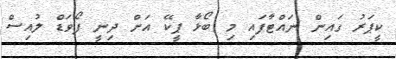
ކީޕަރު ގައިން ނައްޓާފައި މި ބޯޅާ ޕީކޭ އަށް ދިނީ ފޯވަޑް ލުއިސް